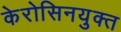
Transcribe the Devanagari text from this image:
केरोसिनयुक्त